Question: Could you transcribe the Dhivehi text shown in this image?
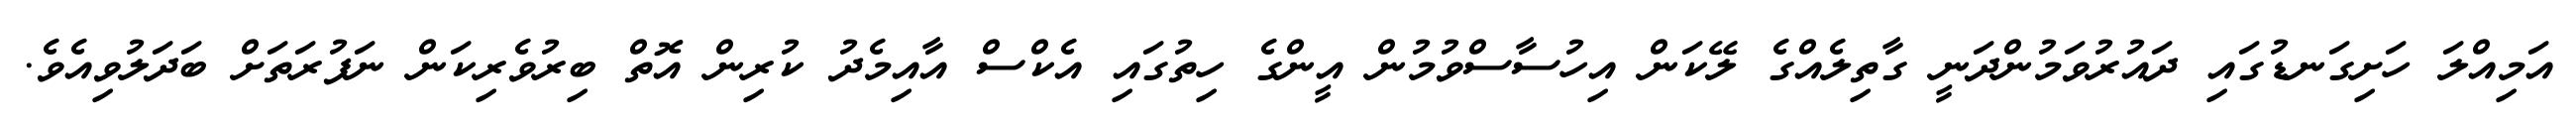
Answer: އަމިއްލަ ހަށިގަނޑުގައި ދައުރުވަމުންދަނީ ގާތިލެއްގެ ލޭކަން އިހުސާސްވުމުން އީންގެ ހިތުގައި އެކްސް އާއިމެދު ކުރިން އޮތް ބިރުވެރިކަން ނަފުރަތަށް ބަދަލުވިއެވެ.